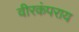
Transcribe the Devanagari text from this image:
वीरकंपराय